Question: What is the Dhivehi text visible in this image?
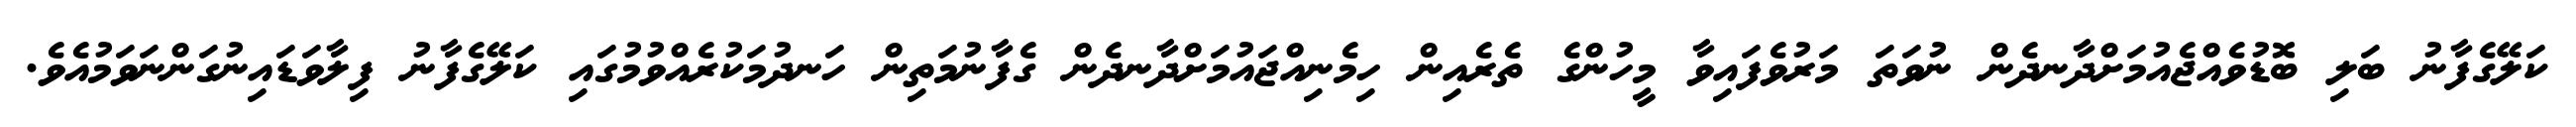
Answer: ކަލޭގެފާނު ބަލި ބޮޑުވެއްޖެއުމަށްދާނދެން ނުވަތަ މަރުވެފައިވާ މީހުންގެ ތެރެއިން ހިމެނިއްޖައުމަށްދާނދެން ގެފާނުމަތިން ހަނދުމަކުރެއްވުމުގައި ކަލޭގެފާނު ފިލާވަޑައިނުގަންނަވަމުއެވެ.